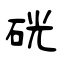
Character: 硄